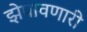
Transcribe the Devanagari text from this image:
झेपावणारी